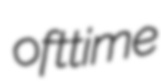
ofttime